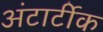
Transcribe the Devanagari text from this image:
अंटार्टीक